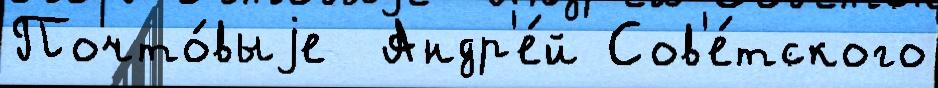
Почто́выjе  Андр'е́й Сов'е́тского